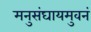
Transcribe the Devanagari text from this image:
मनुसंघायमुवनं